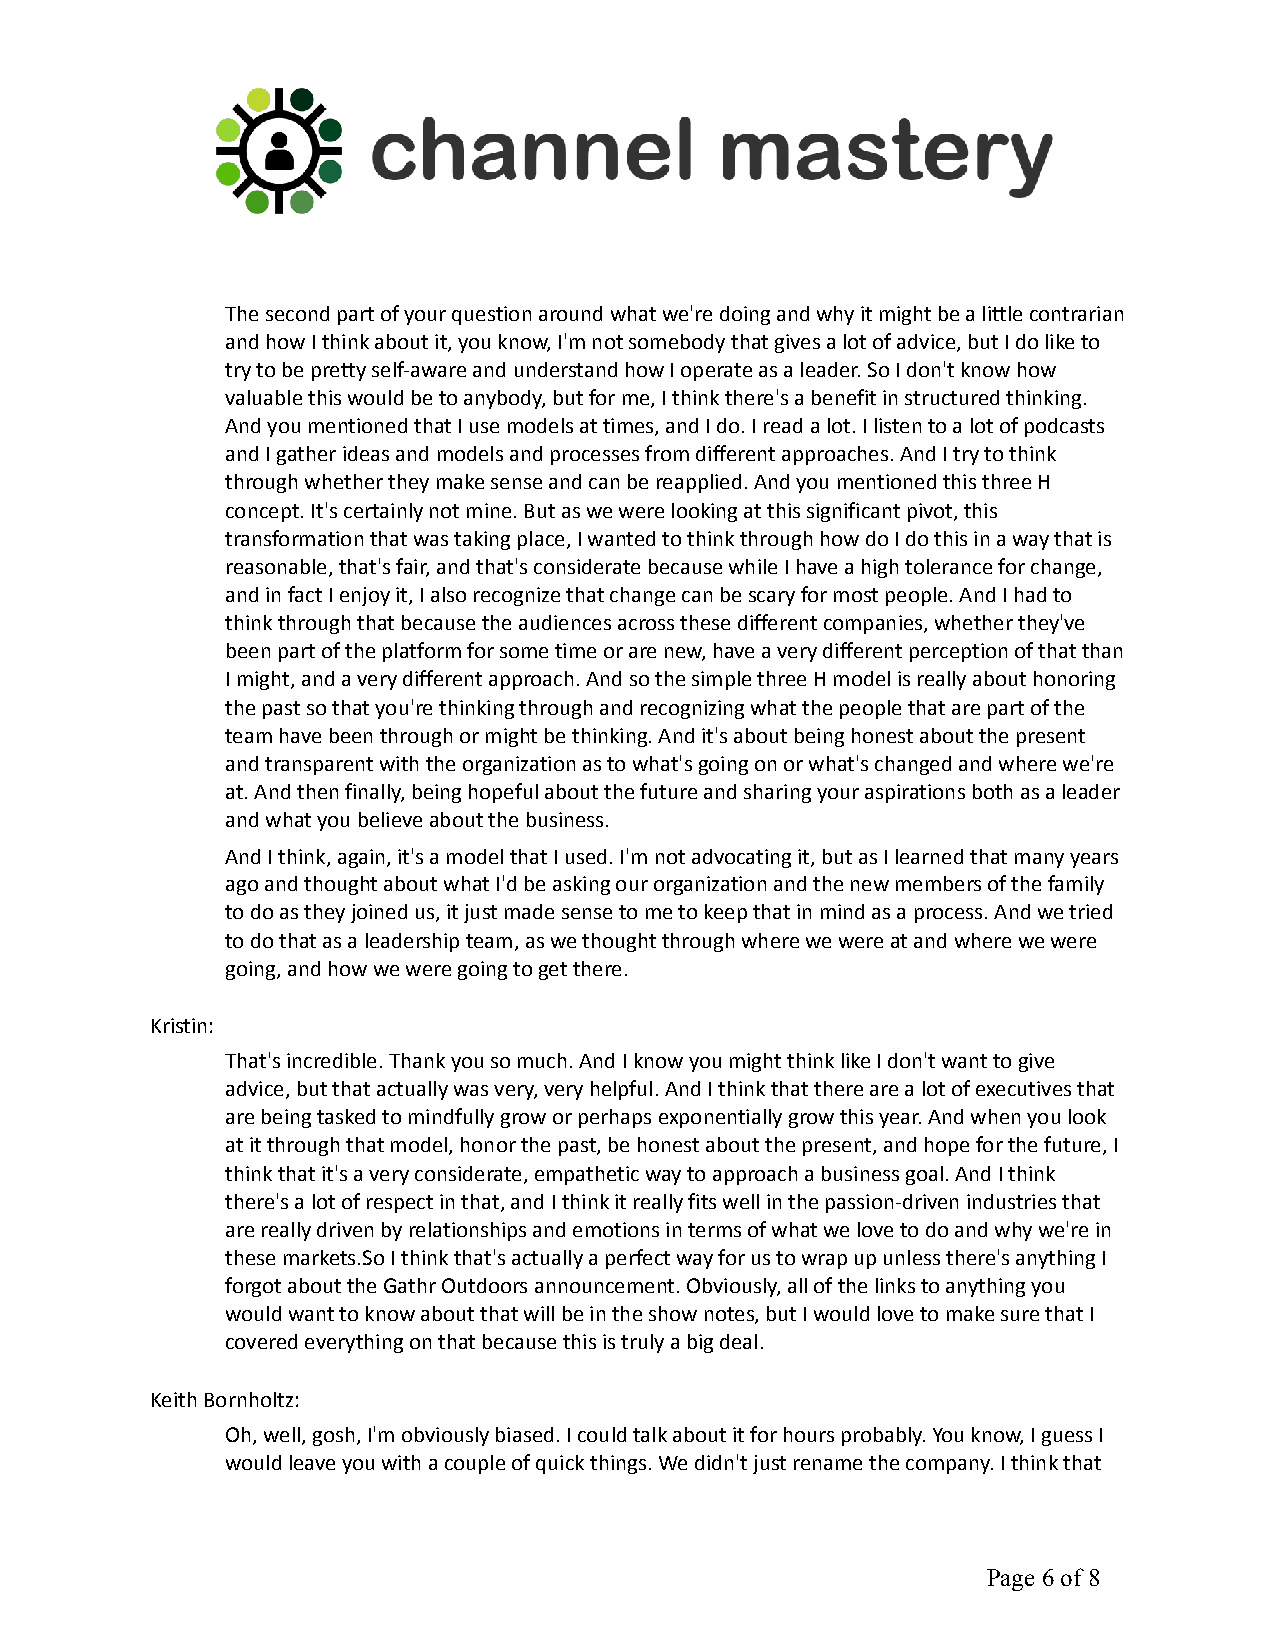
The second part of your question around what we're doing and why it might be a little contrarian
 and how I think about it, you know, I'm not somebody that gives a lot of advice, but I do like to
 try to be pretty self-aware and understand how I operate as a leader. So I don't know how
 valuable this would be to anybody, but for me, I think there's a benefit in structured thinking.
 And you mentioned that I use models at times, and I do. I read a lot. I listen to a lot of podcasts
 and I gather ideas and models and processes from different approaches. And I try to think
 through whether they make sense and can be reapplied. And you mentioned this three H
 concept. It's certainly not mine. But as we were looking at this significant pivot, this
 transformation that was taking place, I wanted to think through how do I do this in a way that is
 reasonable, that's fair, and that's considerate because while I have a high tolerance for change,
 and in fact I enjoy it, I also recognize that change can be scary for most people. And I had to
 think through that because the audiences across these different companies, whether they've
 been part of the platform for some time or are new, have a very different perception of that than
 I might, and a very different approach. And so the simple three H model is really about honoring
 the past so that you're thinking through and recognizing what the people that are part of the
 team have been through or might be thinking. And it's about being honest about the present
 and transparent with the organization as to what's going on or what's changed and where we're
 at. And then finally, being hopeful about the future and sharing your aspirations both as a leader
 and what you believe about the business.
 And I think, again, it's a model that I used. I'm not advocating it, but as I learned that many years
 ago and thought about what I'd be asking our organization and the new members of the family
 to do as they joined us, it just made sense to me to keep that in mind as a process. And we tried
 to do that as a leadership team, as we thought through where we were at and where we were
 going, and how we were going to get there.
 Kristin:
 That's incredible. Thank you so much. And I know you might think like I don't want to give
 advice, but that actually was very, very helpful. And I think that there are a lot of executives that
 are being tasked to mindfully grow or perhaps exponentially grow this year. And when you look
 at it through that model, honor the past, be honest about the present, and hope for the future, I
 think that it's a very considerate, empathetic way to approach a business goal. And I think
 there's a lot of respect in that, and I think it really fits well in the passion-driven industries that
 are really driven by relationships and emotions in terms of what we love to do and why we're in
 these markets.So I think that's actually a perfect way for us to wrap up unless there's anything I
 forgot about the Gathr Outdoors announcement. Obviously, all of the links to anything you
 would want to know about that will be in the show notes, but I would love to make sure that I
 covered everything on that because this is truly a big deal.
 Keith Bornholtz:
 Oh, well, gosh, I'm obviously biased. I could talk about it for hours probably. You know, I guess I
 would leave you with a couple of quick things. We didn't just rename the company. I think that
 Page6of 8